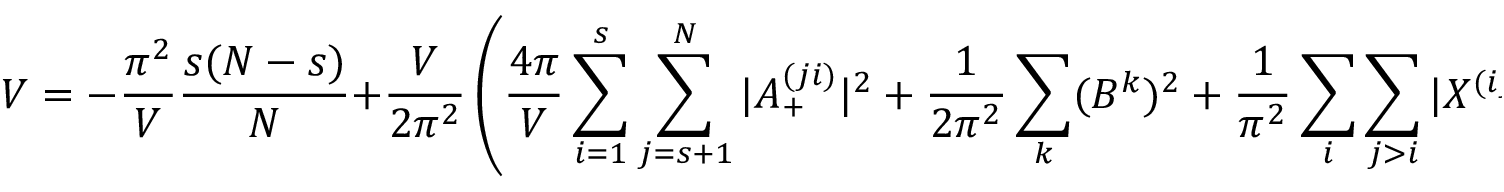
{ \cal { V } } = - \frac { \pi ^ { 2 } } { V } \frac { s ( N - s ) } { N } + \frac { V } { 2 \pi ^ { 2 } } \left( \frac { 4 \pi } { V } \sum _ { i = 1 } ^ { s } \sum _ { j = s + 1 } ^ { N } | A _ { + } ^ { ( j i ) } | ^ { 2 } + \frac { 1 } { 2 \pi ^ { 2 } } \sum _ { k } ( B ^ { k } ) ^ { 2 } + \frac { 1 } { \pi ^ { 2 } } \sum _ { i } \sum _ { j > i } | X ^ { ( i j ) } | ^ { 2 } \right) .